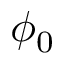
\phi _ { 0 }